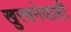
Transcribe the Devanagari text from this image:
खुरचनेवाली